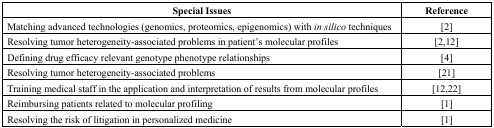
| Special Issues | Reference |
 | --- | --- |
 | Matching advanced technologies (genomics, proteomics, epigenomics) within silico techniques | [2] |
 | Resolving tumor heterogeneity-associated problems in patient’s molecular profiles | [2,12] |
 | Defining drug efficacy relevant genotype phenotype relationships | [4] |
 | Resolving tumor heterogeneity-associated problems | [21] |
 | Training medical staff in the application and interpretation of results from molecular profiles | [12,22] |
 | Reimbursing patients related to molecular profiling | [1] |
 | Resolving the risk of litigation in personalized medicine | [1] |